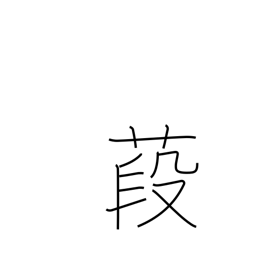
Meaning: althea